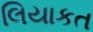
લિયાકત